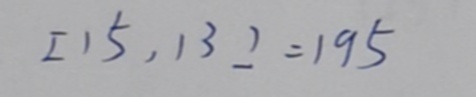
[ 1 5 , 1 3 ] = 1 9 5